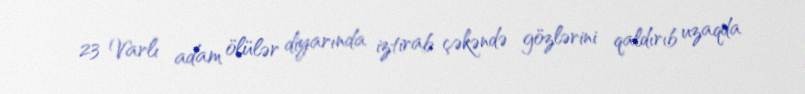
23 Varlı adam ölülər diyarında iztirab çəkəndə gözlərini qaldırıb uzaqda